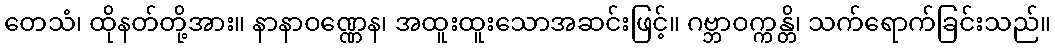
တေသံ၊ ထိုနတ်တို့အား။ နာနာဝဏ္ဏေန၊ အထူးထူးသောအဆင်းဖြင့်။ ဂဗ္ဘာဝက္ကန္တိ၊ သက်ရောက်ခြင်းသည်။